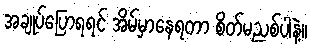
အချုပ်ပြောရရင် အိမ်မှာနေရတာ စိတ်မညစ်ပါနဲ့။